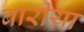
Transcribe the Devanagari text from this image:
बारीया